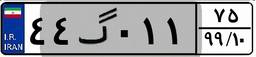
۴۴گ۰۱۱۷۵